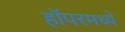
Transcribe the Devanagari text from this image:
हॉपरमध्ये